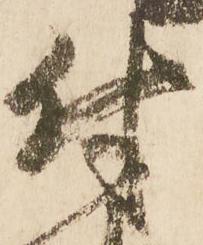
付